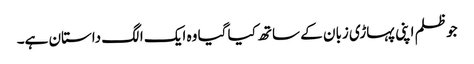
جو ظلم اپنی پہاڑی زبان کے ساتھ کیا گیا وہ ایک الگ داستان ہے۔